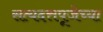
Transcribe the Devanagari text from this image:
सत्यदत्तपूजेच्या